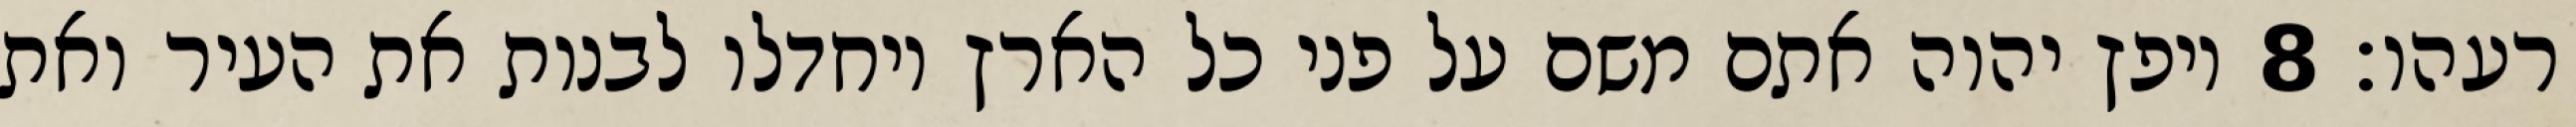
רעהו׃ ‎8‏ ויפץ יהוה אתם משם על פני כל הארץ ויחדלו לבנות את העיר ואת